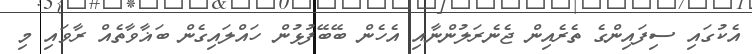
އެކުގައި ސިފައިންގެ ތެރެއިން ޖެނެރަލުންނާއި އެހެން ބޭބޭފުޅުން ހައްލައިގެން ބަޣާވާތެއް ރާވައި މި